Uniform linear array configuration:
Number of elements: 32
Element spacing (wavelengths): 1
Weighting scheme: cosine
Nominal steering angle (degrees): -30
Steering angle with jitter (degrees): -31.609
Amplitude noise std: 0.05
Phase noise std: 0.05

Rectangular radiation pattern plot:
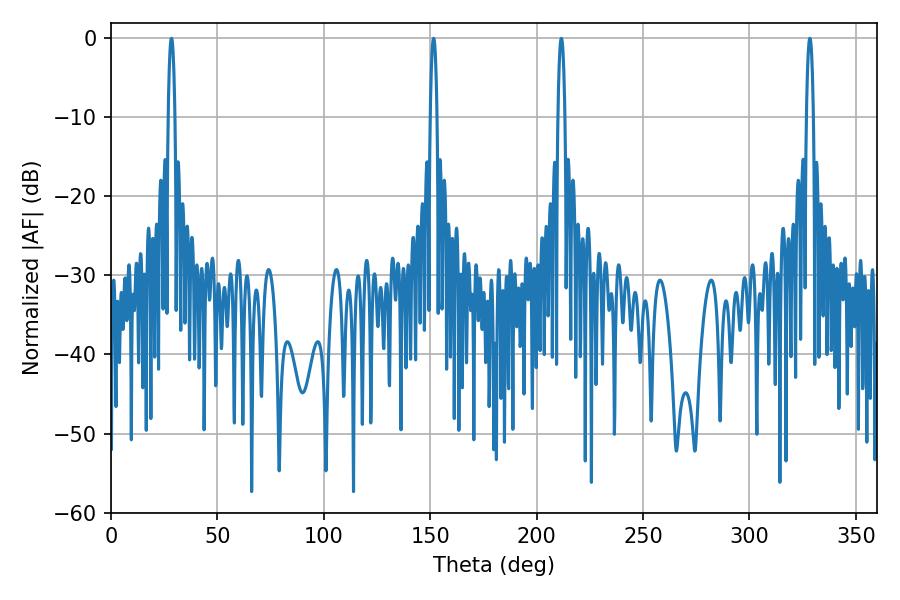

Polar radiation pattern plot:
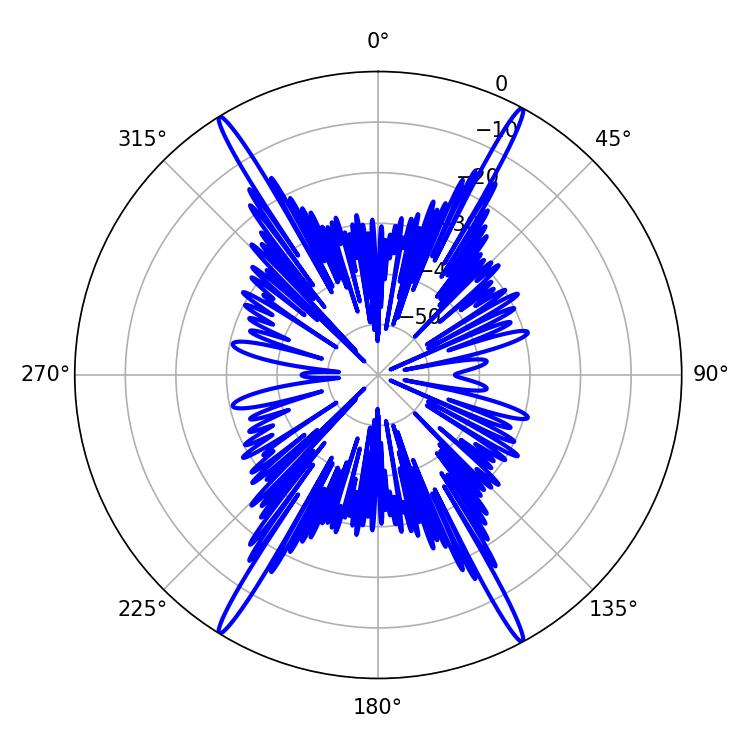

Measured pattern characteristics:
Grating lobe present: TRUE
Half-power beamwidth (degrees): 1.8
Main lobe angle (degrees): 151.56